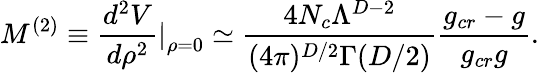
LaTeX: M^{(2)}\equiv\frac{d^{2}V}{d\rho^{2}}\left.\right|_{\rho=0}\simeq\frac{4N_{c}\Lambda^{D-2}}{(4\pi)^{D/2}\Gamma(D/2)}\frac{g_{cr}-g}{g_{cr}g}.